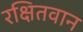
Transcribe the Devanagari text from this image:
रक्षितवान